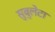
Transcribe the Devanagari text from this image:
सुबुलेटा